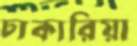
ঢাকারিয়া